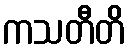
ကသတီတိ